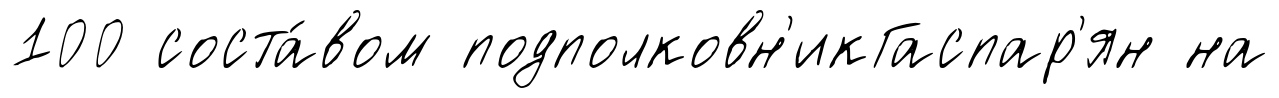
100 соста́вом подполковн'икГаспар'ян на